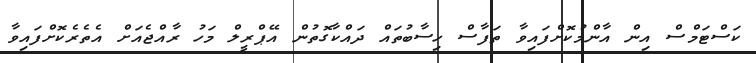
ކަސްޓަމްސް އިން އާންމުކޮށްފައިވާ ތަފާސް ހިސާބުތައް ދައްކާގޮތުން އޭޕްރީލް މަހު ރާއްޖެއަށް އެތެރެކޮށްފައިވާ